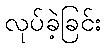
လုပ်ခဲ့ခြင်း